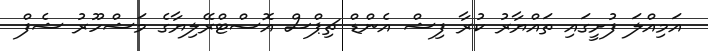
އަމިއްލަ ފުށީގައި ތައްޔާރު ކުރާ ފިޝް އެންޑް ޗިޕްސް އޮސްޓްރޭލިޔާގެ މަޝްހޫރު ޝެފް